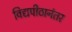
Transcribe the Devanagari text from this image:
विद्यपीठानंतर